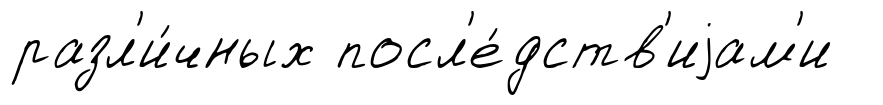
разл'и́чных посл'е́дств'иjам'и